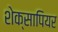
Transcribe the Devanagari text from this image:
शेक्सापियर